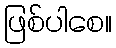
ဖြစ်ပါစေ။